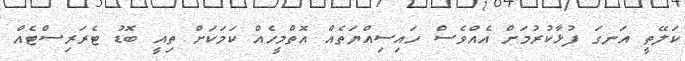
ކަލޭތީ އަނގަ ފުޅާކުރުމަށް އެއްވެސް ހައިސިއްޔަތެއް އޮތްމީހެއް ކަމަކަށް ތިއީ ބޮޑު ޓެރަރިސްޓެއް